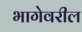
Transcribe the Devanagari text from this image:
भागेवरील